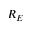
R _ { E }